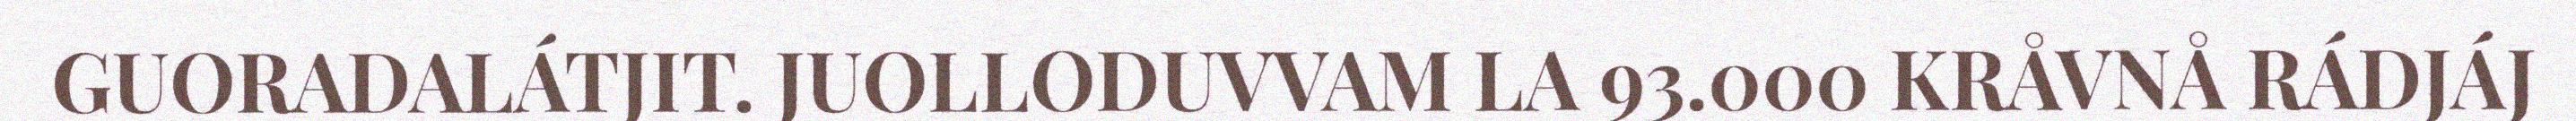
GUORADALÁTJIT. JUOLLODUVVAM LA 93.000 KRÅVNÅ RÁDJÁJ